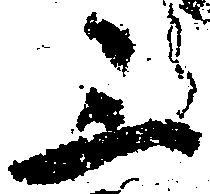
三